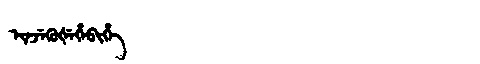
Manchu: ᡳᠨᠵᡝᡴᡠᡧᡝᡥᡝᠪᡳᡥᡝ
Romanization: INJEKUŠEHEBIHE